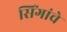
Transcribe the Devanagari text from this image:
सिंगांचे